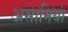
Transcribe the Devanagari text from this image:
असामियां